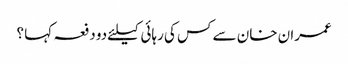
عمران خان سے کس کی رہائی کیلئےدو دفعہ کہا ؟